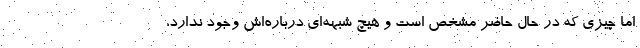
اما چیزی که در حال حاضر مشخص است و هیچ شبهه‌ای درباره‌اش وجود ندارد،